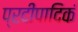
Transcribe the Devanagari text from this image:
प्रदीपादिकं